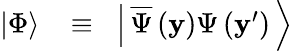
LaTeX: \begin{array}{rlr}{\left|\Phi\right\rangle\! }&{{}\equiv}&{\! \left|\, {\overline{{\Psi}}\left({\mathbf y}\right)\Psi\left({{{\mathbf y}^{\prime}}}\right)}\, \right\rangle}\end{array}